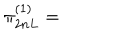
\pi _ { 2 n L } ^ { ( 1 ) } =